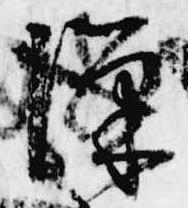
隙